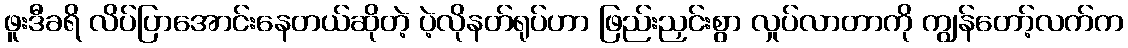
ဖူးဒီခရိ လိပ်ပြာအောင်းနေတယ်ဆိုတဲ့ ပဲ့လိုနတ်ရုပ်ဟာ ဖြည်းညှင်းစွာ လှုပ်လာတာကို ကျွန်တော့်လက်က